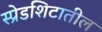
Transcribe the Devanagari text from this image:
स्प्रेडशिटातील